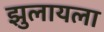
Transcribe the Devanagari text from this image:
झुलायला